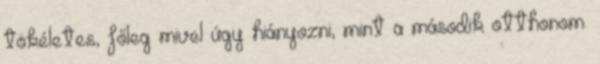
tökéletes, főleg mivel úgy hiányozni, mint a második otthonom.